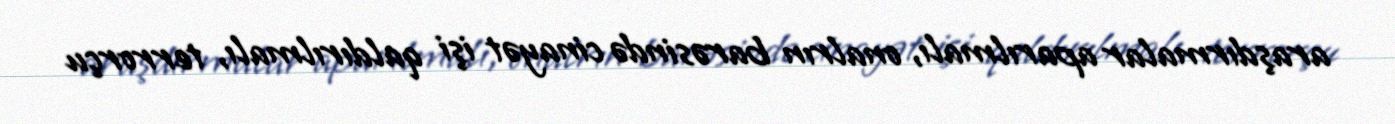
araşdırmalar aparılmalı, onalrın barəsində cinayət işi qaldırılmalı, terrorçu